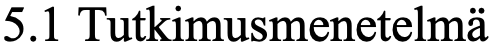
5.1 Tutkimusmenetelmä